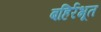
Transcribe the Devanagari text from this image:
बहिर्रभूत